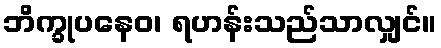
ဘိက္ခုပနေဝ၊ ရဟန်းသည်သာလျှင်။